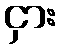
ငှား